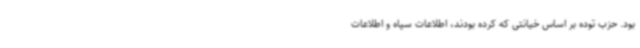
بود. حزب توده بر اساس خیانتی که کرده بودند، اطلاعات سپاه و اطلاعات